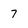
Character: 7